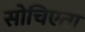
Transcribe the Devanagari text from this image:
सोचिएता